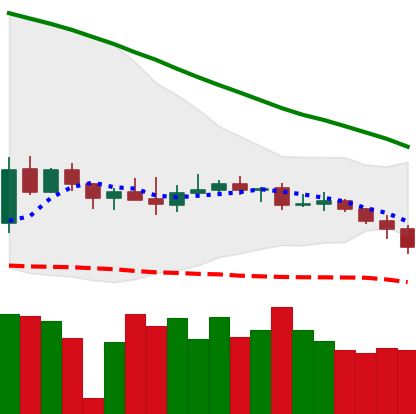
Ticker: XMR-USD
Chart end date: 2019-12-16
Forward return: -7.922%
Label: down_7plus